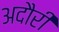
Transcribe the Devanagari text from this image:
अदौरी